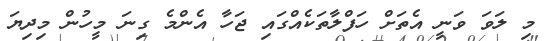
މި ލަވަ ވަނީ އެތަށް ހަފްލާތަކެއްގައި ޖަހާ އެންމެ ގިނަ މީހުން މިދިޔަ